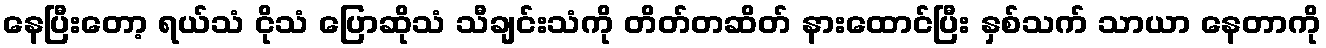
နေပြီးတော့ ရယ်သံ ငိုသံ ပြောဆိုသံ သီချင်းသံကို တိတ်တဆိတ် နားထောင်ပြီး နှစ်သက် သာယာ နေတာကို